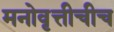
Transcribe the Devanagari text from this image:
मनोवृत्तीचीच